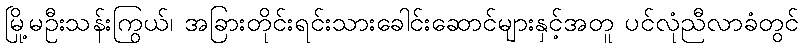
မြို့မဦးသန်းကြွယ်၊ အခြားတိုင်းရင်းသားခေါင်းဆောင်များနှင့်အတူ ပင်လုံညီလာခံတွင်